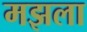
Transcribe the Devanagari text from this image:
मझला